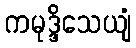
ကမုဒ္ဒိသေယျံ